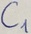
Text: C1